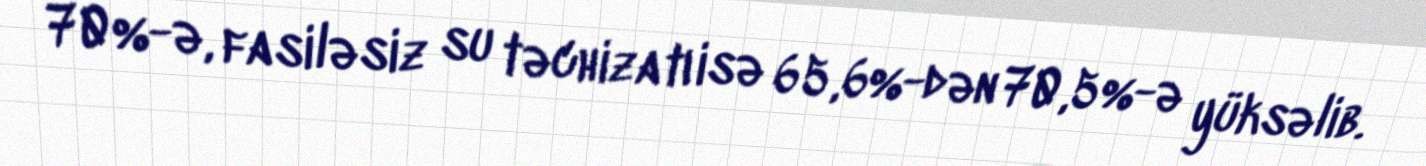
70%-ə, fasiləsiz su təchizatı isə 65,6%-dən 70,5%-ə yüksəlib.